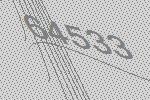
64533